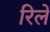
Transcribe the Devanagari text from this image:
रिलें